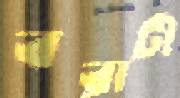
বরাটী